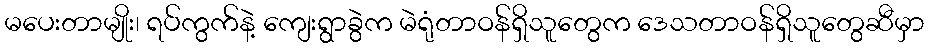
မပေးတာမျိုး၊ ရပ်ကွက်နဲ့ ကျေးရွာခွဲက မဲရုံတာဝန်ရှိသူတွေက ဒေသတာဝန်ရှိသူတွေဆီမှာ